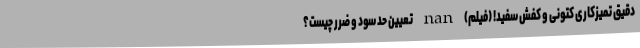
دقیق تمیزکاری کتونی و کفش سفید! (فیلم) nan تعیین حد سود و ضرر چیست؟